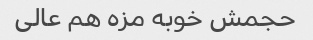
حجمش خوبه مزه هم عالی